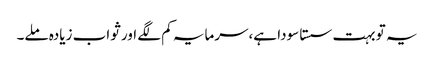
یہ تو بہت سستا سودا ہے،سرمایہ کم لگے اور ثواب زیادہ ملے۔